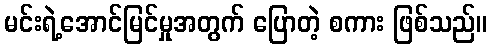
မင်းရဲ့အောင်မြင်မှုအတွက် ပြောတဲ့ စကား ဖြစ်သည်။